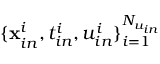
\{ \mathbf { x } _ { i n } ^ { i } , t _ { i n } ^ { i } , u _ { i n } ^ { i } \} _ { i = 1 } ^ { N _ { u _ { i n } } }